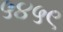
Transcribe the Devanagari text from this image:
५४५९